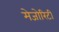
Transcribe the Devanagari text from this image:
मेजोरिटी